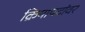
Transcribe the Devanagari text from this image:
क्रियापदांवर